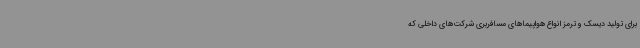
برای تولید دیسک و ترمز انواع هواپیماهای مسافربری شرکت‌های داخلی که